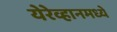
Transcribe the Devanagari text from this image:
येरेव्हानमध्ये